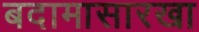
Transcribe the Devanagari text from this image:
बदामासारखा